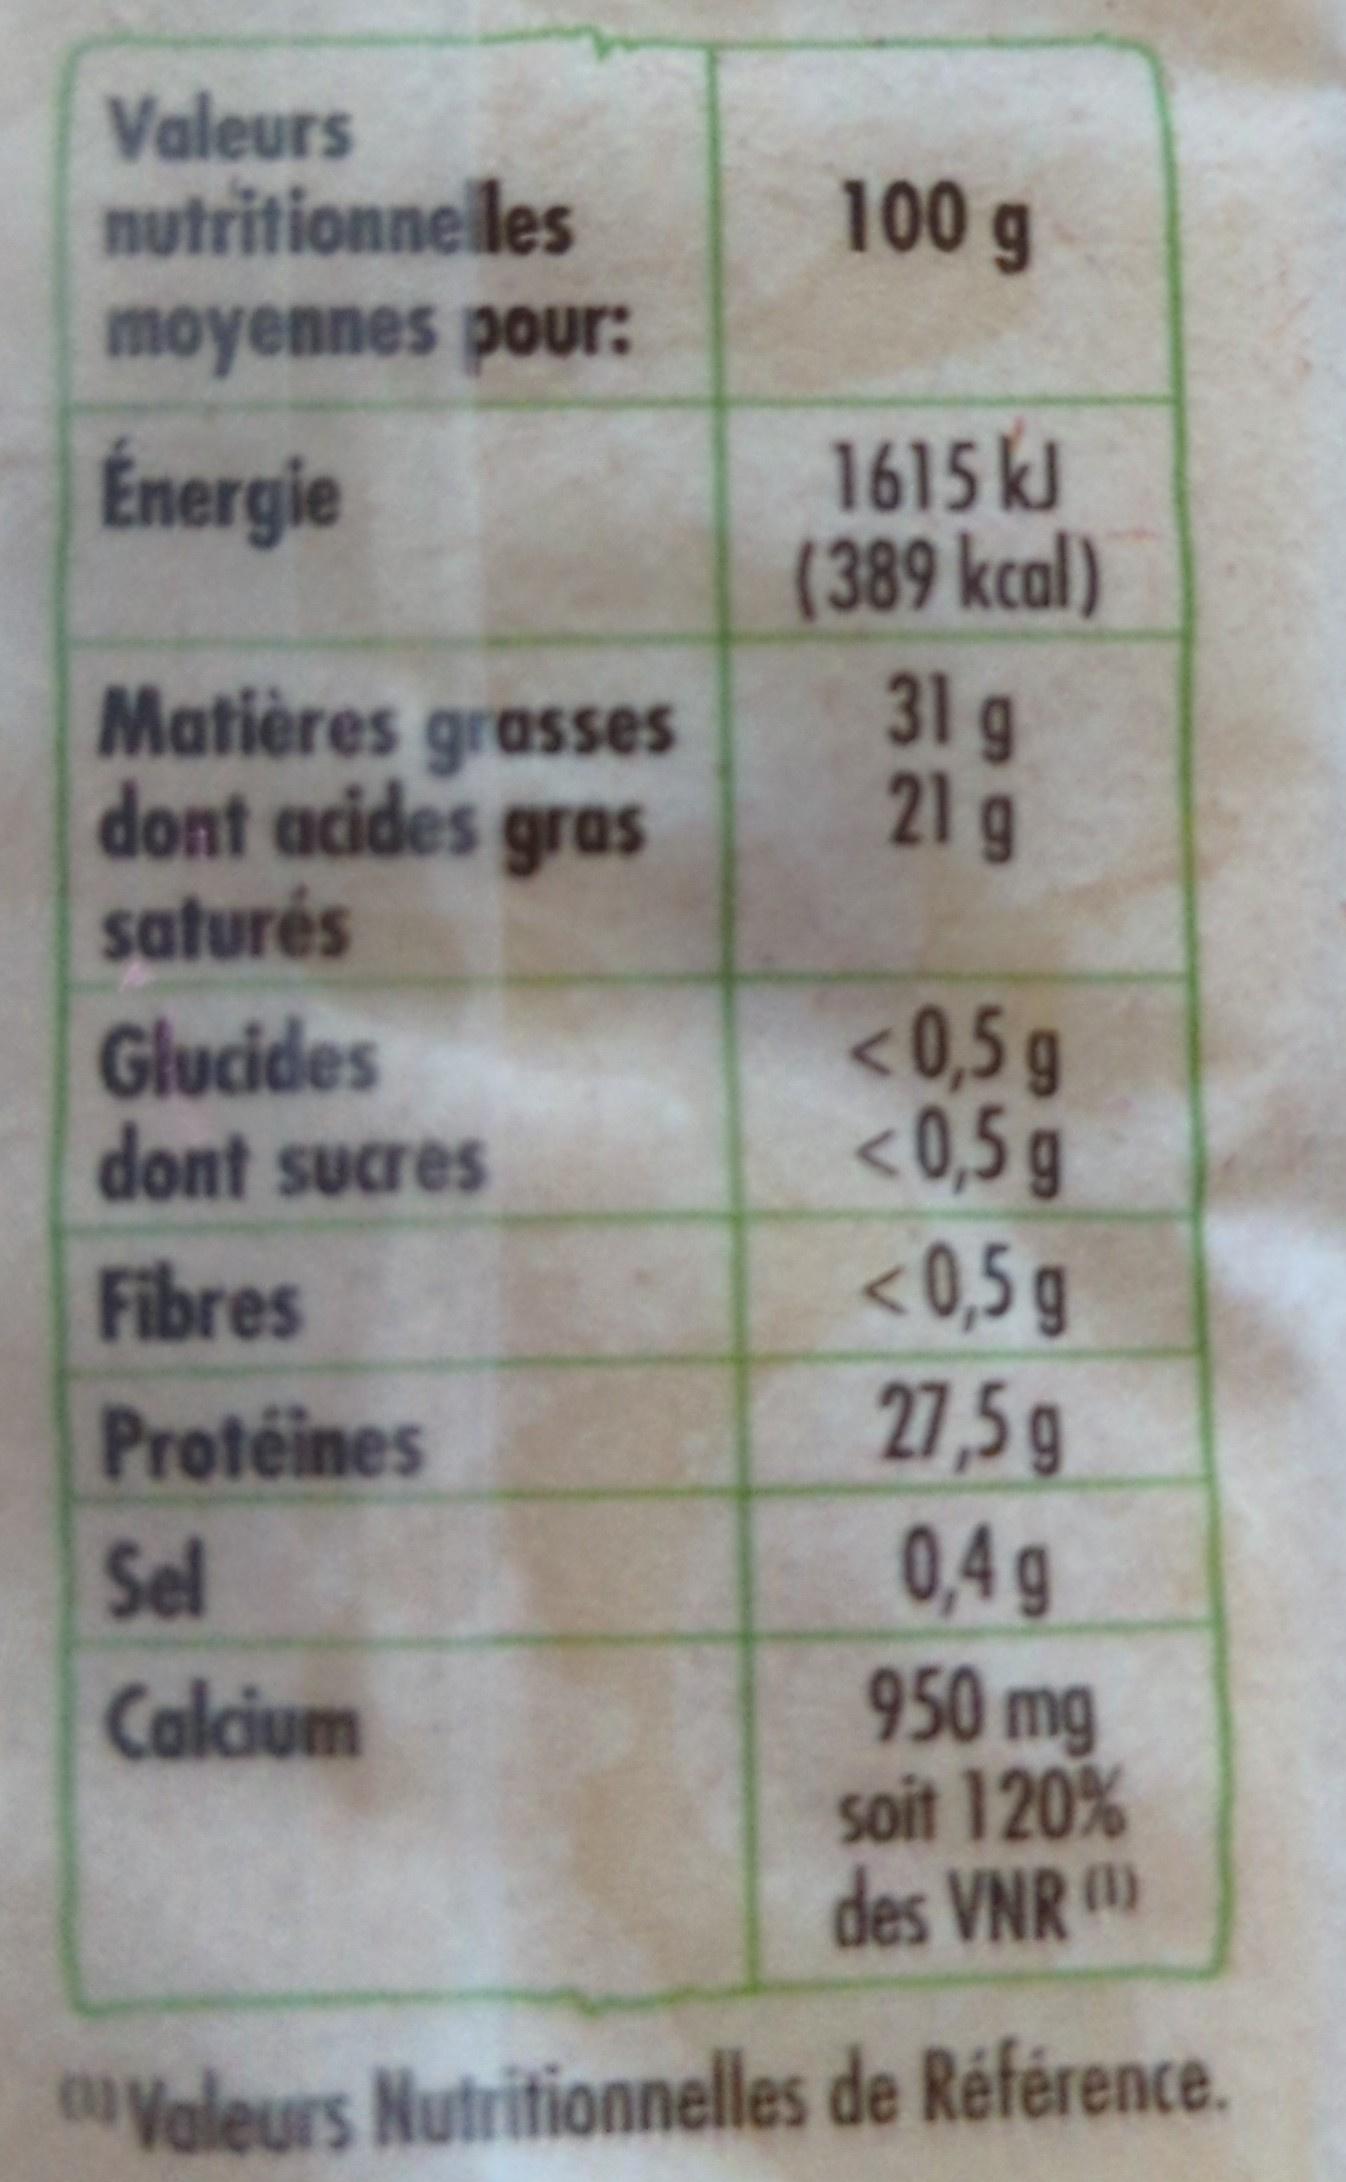
Valeurs nutritionnelles
100 g
moyennes pour:
1615 kl (389 kcal) 31 g 21g
Énergie
Matières grasses dont acides gras saturés
Glucides dont sucres
<0,5 g <0,5 g <0,5 g
Fibres
27,5 g 0,4g 950 mg soit 120% des VNR
Proteines
Sel
Calcium
Valeurs Nutritionnelles de Référence.